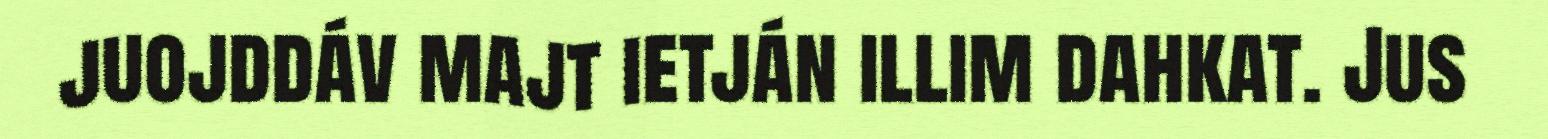
juojddáv majt ietján illim dahkat. Jus